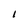
Character: 1